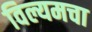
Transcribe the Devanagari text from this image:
विल्यमचा